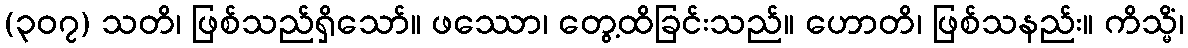
(၃၀၇) သတိ၊ ဖြစ်သည်ရှိသော်။ ဖဿော၊ တွေ့ထိခြင်းသည်။ ဟောတိ၊ ဖြစ်သနည်း။ ကိသ္မိံ၊